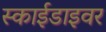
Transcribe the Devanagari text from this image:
स्काईडाइवर